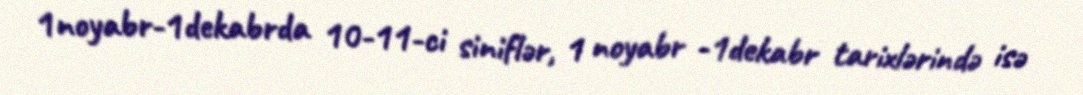
1noyabr-1dekabrda 10-11-ci siniflər, 1 noyabr -1dekabr tarixlərində isə